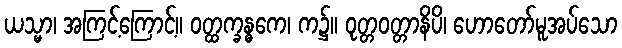
ယသ္မာ၊ အကြင့်ကြောင့်။ ဝတ္ထက္ခန္ဓကေ၊ က၌။ ဝုတ္တဝတ္တာနိပိ၊ ဟောတော်မူအပ်သော